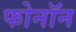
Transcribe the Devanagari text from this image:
फोनॉन